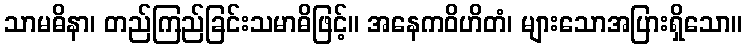
သာမဓိနာ၊ တည်ကြည်ခြင်းသမာဓိဖြင့်။ အနေကဝိဟိတံ၊ များသောအပြားရှိသော။